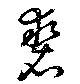
褺